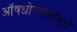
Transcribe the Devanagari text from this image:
ऑषधोपचारामुळे